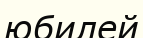
юбилей